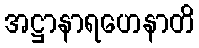
အဋ္ဌာနာရဟေနာတိ